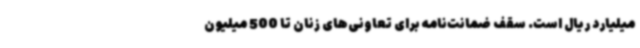
میلیارد ریال است. سقف ضمانت‌نامه برای تعاونی‌های زنان تا 500 میلیون